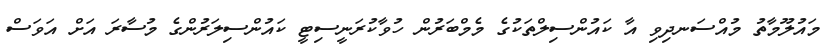
މައުލޫމާތު މުއްސަނދިވި އާ ކައުންސިލްތަކުގެ މެމްބަރުން ހުވާކުރަނީސިޓީ ކައުންސިލަރުންގެ މުސާރަ އަށް އަވަސް